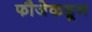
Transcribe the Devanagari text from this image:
फौजेकडून